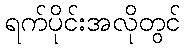
ရက်ပိုင်းအလိုတွင်